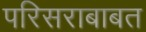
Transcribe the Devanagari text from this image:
परिसराबाबत